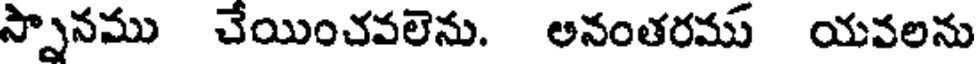
స్నానము చేయించవలెను. అనంతరము యవలను